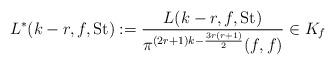
LaTeX: \begin{align*}&L^*(k-r,f,{\rm St}):=\frac{L(k-r,f,{\rm St})}{\pi ^{(2r+1)k-\frac{3r(r+1)}{2}}(f,f)}\in K_f\end{align*}